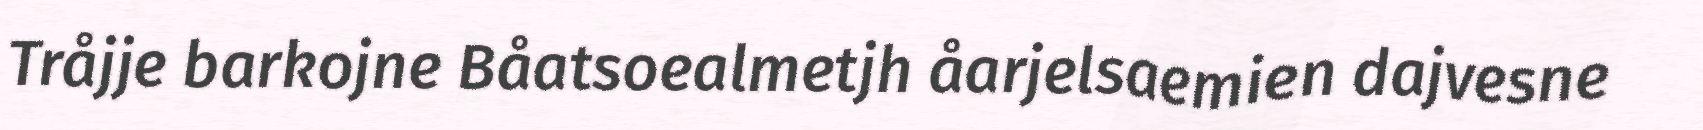
Tråjje barkojne Båatsoealmetjh åarjelsaemien dajvesne